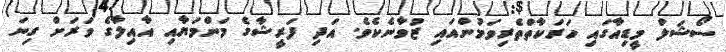
ސޯޝަލް މީޑިއާގައި ހަރަކާތްތެރިވަމުންއައި ޒުވާނެކެވެ. އަދި ފަރީޝާގެ މަންމަޔާއި އާއިލާގެ ވަރަށް ގިނަ